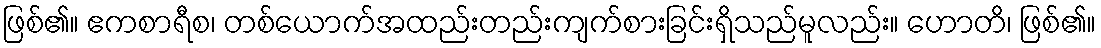
ဖြစ်၏။ ဧကစာရီစ၊ တစ်ယောက်အထည်းတည်းကျက်စားခြင်းရှိသည်မူလည်း။ ဟောတိ၊ ဖြစ်၏။